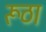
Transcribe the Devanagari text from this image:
रूठा